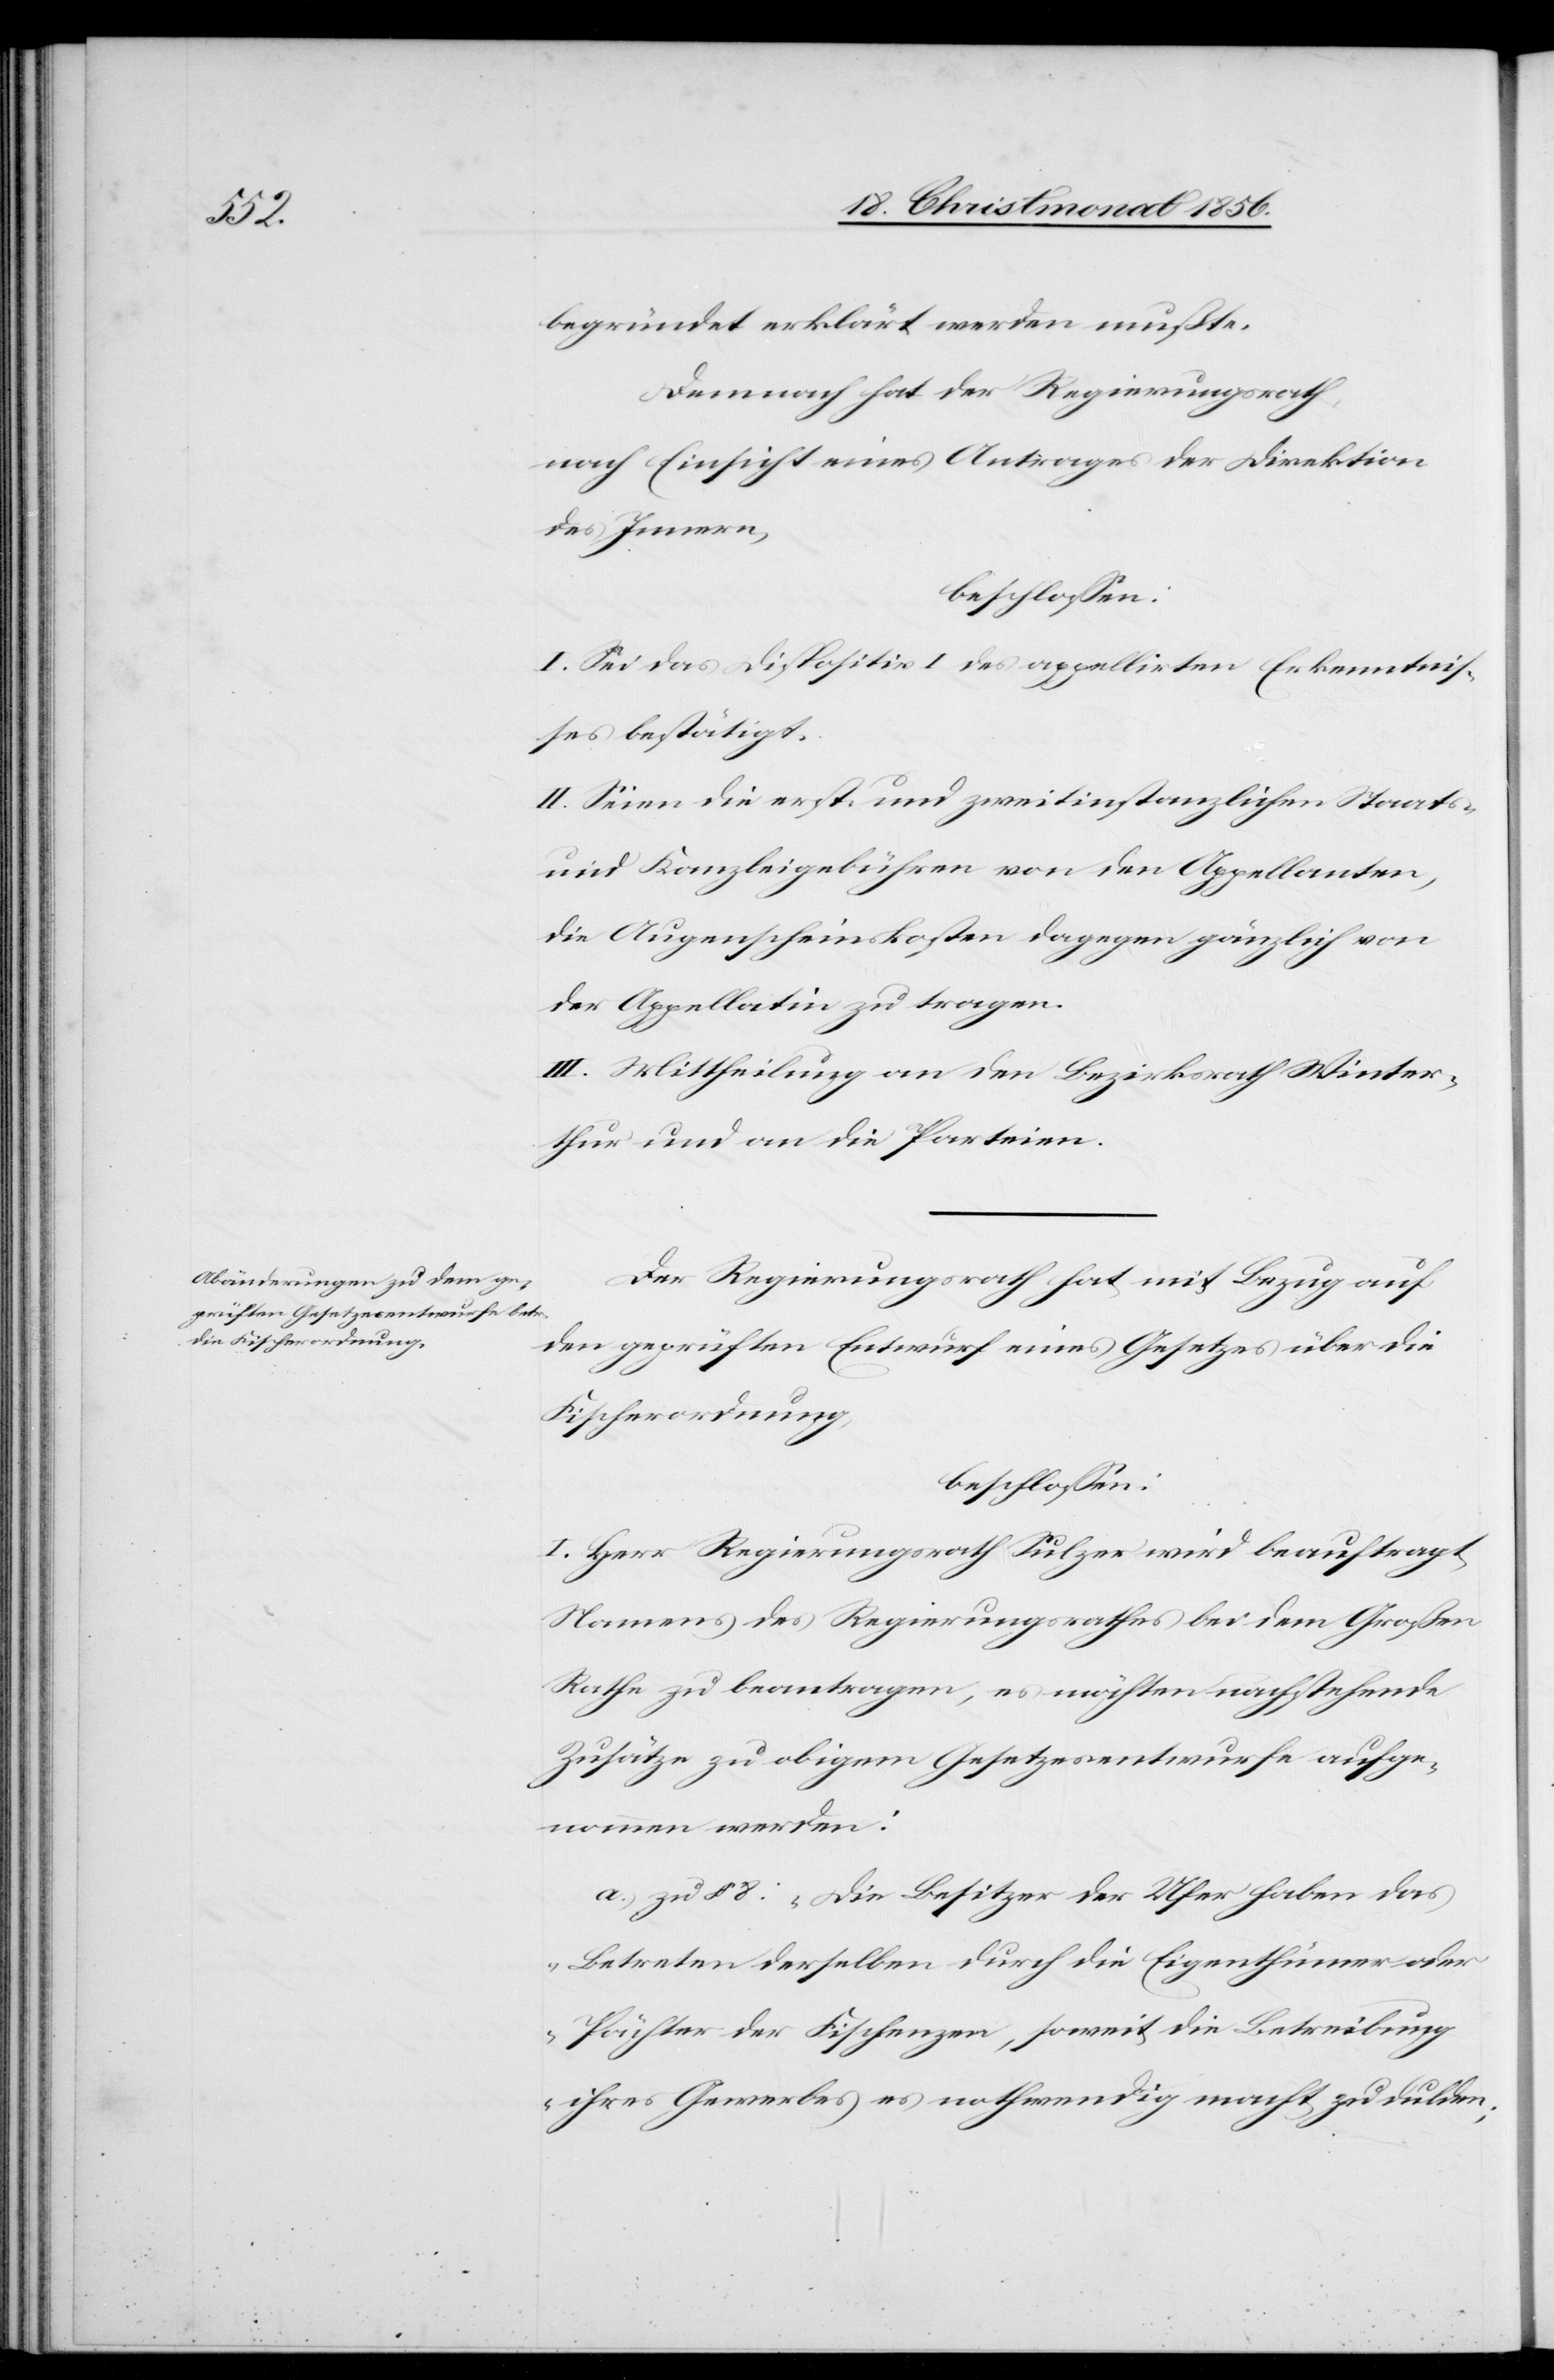
begründet erklärt werden mußte.
Demnach hat der Regierungsrath,
nach Einsicht eines Antrages der Direktion
des Innern,
beschlossen:
I. Sei das Dispositiv I des appellirten Erkenntnis¬
ses bestätigt.
II. Seien die erst- und zweitinstanzlichen Staats-
und Kanzleigebühren von den Appellanten,
die Augenscheinskosten dagegen gänzlich von
der Appellatin zu tragen.
III. Mittheilung an den Bezirksrath Winter¬
thur und an die Parteien.
Der Regierungsrath hat mit Bezug auf
den geprüften Entwurf eines Gesetzes über die
Fischerordnung,
beschlossen:
I. Herr Regierungsrath Sulzer wird beauftragt,
Namens des Regierungsrathes bei dem Großen
Rathe zu beantragen, es möchten nachstehende
Zusätze zu obigem Gesetzesentwurfe aufge¬
nommen werden:
a.) zu § 8: „Die Besitzer der Ufer haben das
Betreten derselben durch die Eigenthümer oder
Pächter der Fischenzen, soweit die Betreibung
ihres Gewerbes es nothwendig macht zu dulden;